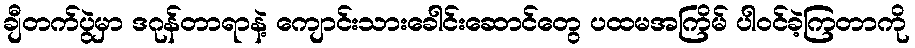
ချီတက်ပွဲမှာ ဒဂုန်တာရာနဲ့ ကျောင်းသားခေါင်းဆောင်တွေ ပထမအကြိမ် ပါဝင်ခဲ့ကြတာကို